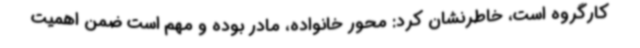
کارگروه است، خاطرنشان کرد: محور خانواده، مادر بوده و مهم است ضمن اهمیت